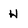
Character: H